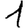
Digit: 1